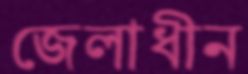
জেলাধীন